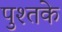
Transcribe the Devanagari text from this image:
पुश्तके